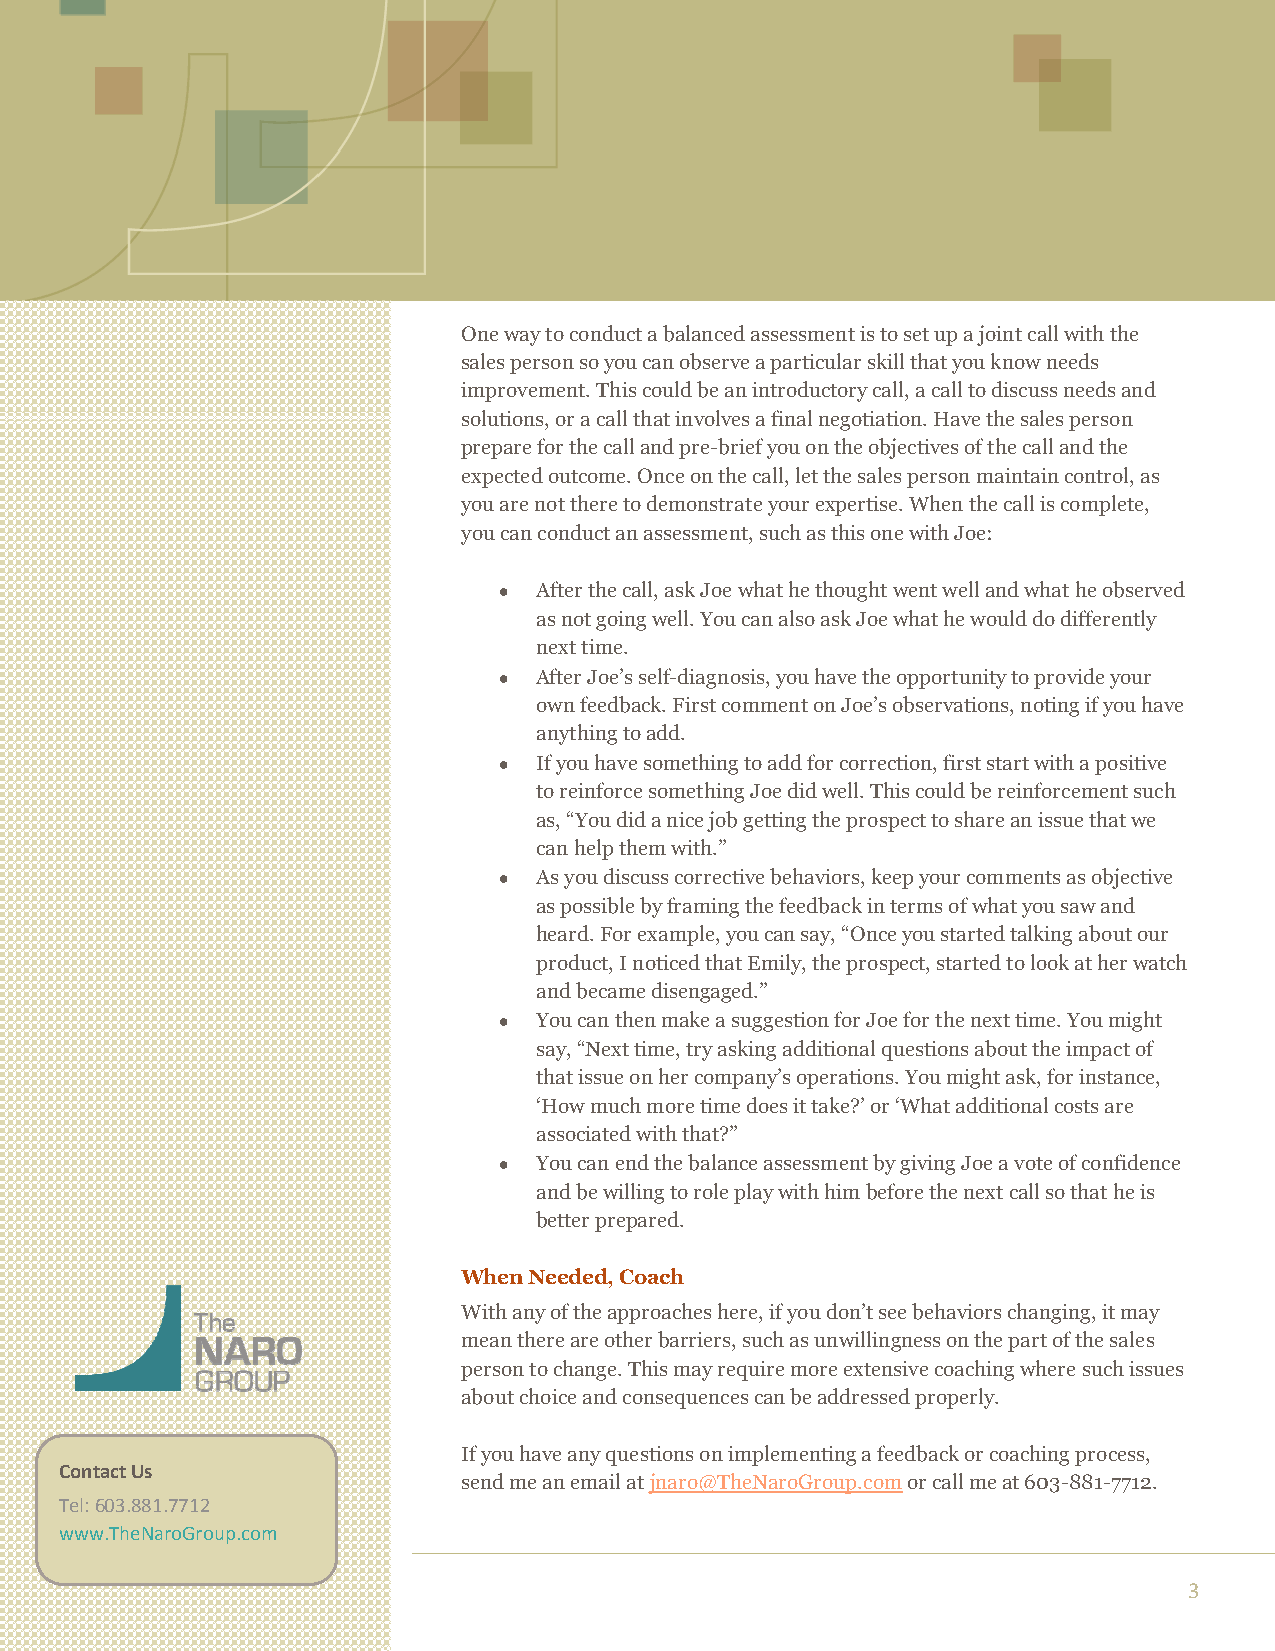
One way to conduct a balanced assessment is to set up a joint call with the
 sales person so you can observe a particular skill that you know needs
 improvement. This could be an introductory call, a call to discuss needs and
 solutions, or a call that involves a final negotiation. Have the sales person
 prepare for the call and pre-brief you on the objectives of the call and the
 expected outcome. Once on the call, let the sales person maintain control, as
 you are not there to demonstrate your expertise. When the call is complete,
 you can conduct an assessment, such as this one with Joe:
 •  After the call, ask Joe what he thought went well and what he observed
 as not going well. You can also ask Joe what he would do differently
 next time.
 •  After Joe’s self-diagnosis, you have the opportunity to provide your
 own feedback. First comment on Joe’s observations, noting if you have
 anything to add.
 •  If you have something to add for correction, first start with a positive
 to reinforce something Joe did well. This could be reinforcement such
 as, “You did a nice job getting the prospect to share an issue that we
 can help them with.”
 •  As you discuss corrective behaviors, keep your comments as objective
 as possible by framing the feedback in terms of what you saw and
 heard. For example, you can say, “Once you started talking about our
 product, I noticed that Emily, the prospect, started to look at her watch
 and became disengaged.”
 •  You can then make a suggestion for Joe for the next time. You might
 say, “Next time, try asking additional questions about the impact of
 that issue on her company’s operations. You might ask, for instance,
 ‘How much more time does it take?’ or ‘What additional costs are
 associated with that?”
 •  You can end the balance assessment by giving Joe a vote of confidence
 and be willing to role play with him before the next call so that he is
 better prepared.
 When Needed, Coach
 With any of the approaches here, if you don’t see behaviors changing, it may
 mean there are other barriers, such as unwillingness on the part of the sales
 person to change. This may require more extensive coaching where such issues
 about choice and consequences can be addressed properly.
 If you have any questions on implementing a feedback or coaching process,
 Contact Us
 send me an email at jnaro@TheNaroGroup.com or call me at 603-881-7712.
 Tel: 603.881.7712
 www.TheNaroGroup.com
 3